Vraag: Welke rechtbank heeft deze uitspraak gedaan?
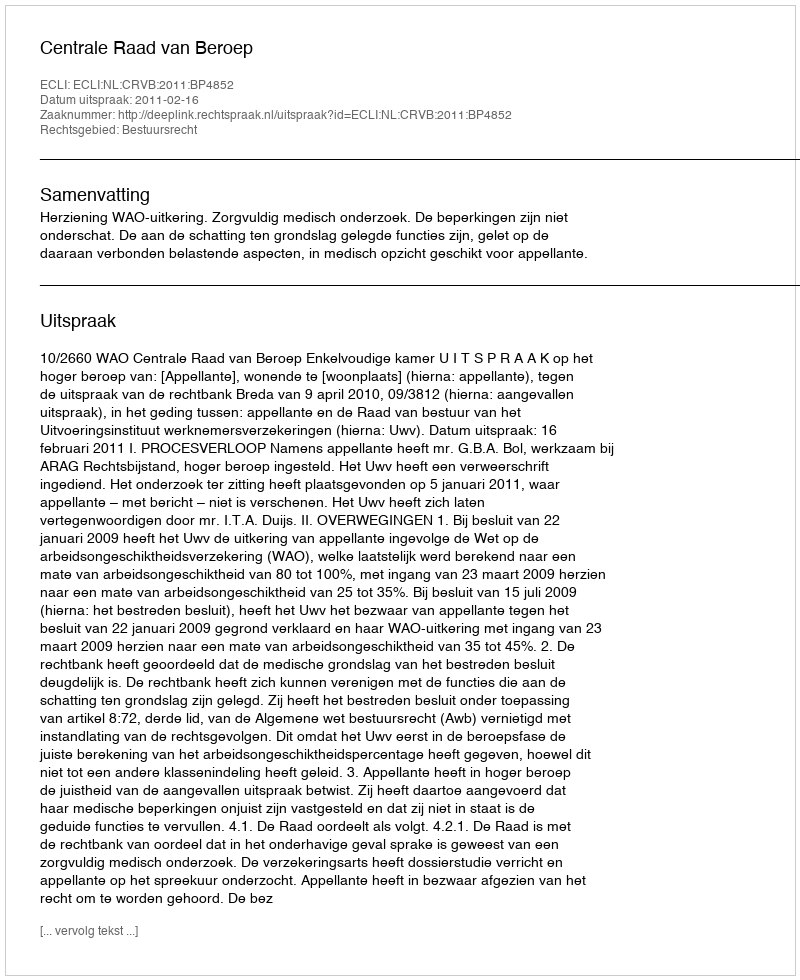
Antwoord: Centrale Raad van Beroep